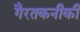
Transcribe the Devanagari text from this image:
गैरतकनीकी